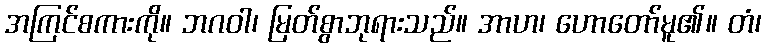
အကြင်စကားကို။ ဘဂဝါ၊ မြတ်စွာဘုရားသည်။ အာဟ၊ ဟောတော်မူ၏။ တံ၊